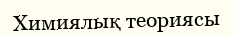
Химиялық теориясы